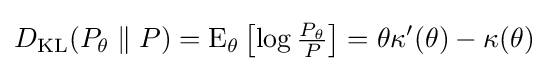
D_{\text{KL}}(P_{\theta }\parallel P)=\mathrm {E} _{\theta }\left[\log {\tfrac {P_{\theta }}{P}}\right]=\theta \kappa '(\theta )-\kappa (\theta )